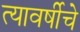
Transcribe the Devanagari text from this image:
त्यावर्षीचे